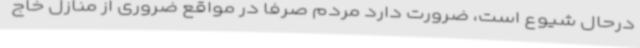
درحال شیوع است، ضرورت دارد مردم صرفاً در مواقع ضروری از منازل خاج